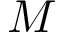
M